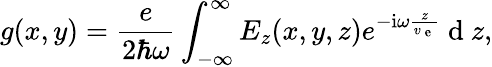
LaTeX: g(x,y)=\frac{e}{2\hbar\omega}\int_{-\infty}^{\infty}E_{z}(x,y,z)e^{-{\mathrm{i}}\omega\frac{z}{v_{\mathrm{~e~}}}}\mathrm{~d~}z,